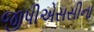
જીપીએસસીના